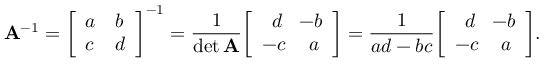
\mathbf { A } ^ { - 1 } = { \left[ \begin{array} { l l } { a } & { b } \\ { c } & { d } \end{array} \right] } ^ { - 1 } = { \frac { 1 } { \operatorname* { d e t } \mathbf { A } } } { \left[ \begin{array} { l l } { \, \, \, d } & { \! \! - b } \\ { - c } & { \, a } \end{array} \right] } = { \frac { 1 } { a d - b c } } { \left[ \begin{array} { l l } { \, \, \, d } & { \! \! - b } \\ { - c } & { \, a } \end{array} \right] } .